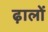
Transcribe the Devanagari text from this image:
ढ़ालों